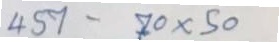
457 - 70 x 50